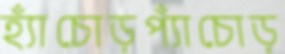
হ্যাঁচোড়প্যাঁচোড়